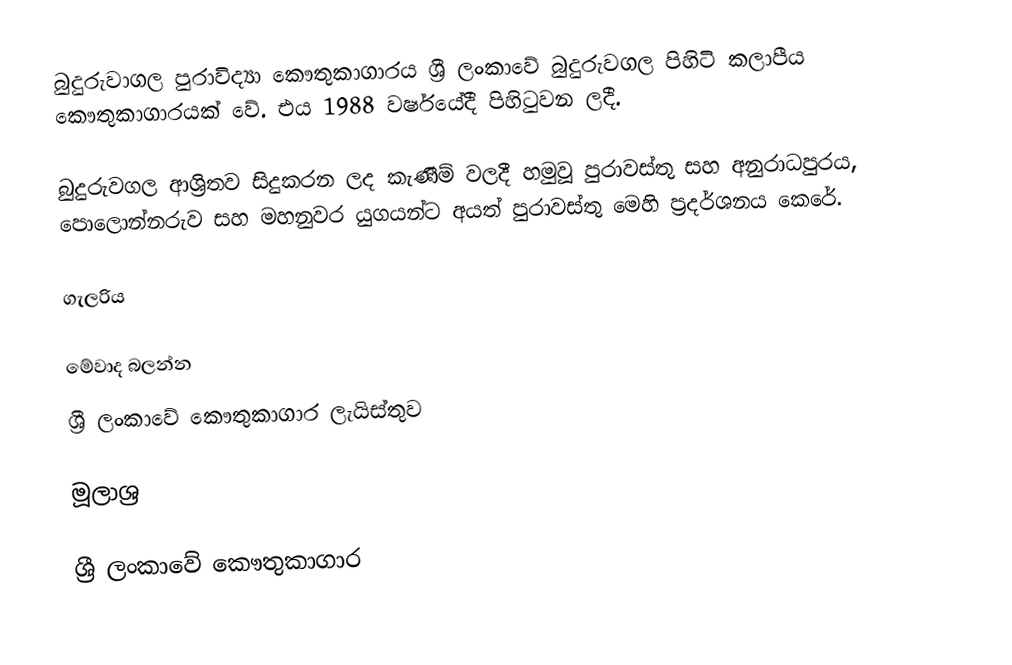
බුදුරුවාගල පුරාවිද්‍යා කෞතුකාගාරය ශ්‍රී ලංකාවේ බුදුරුවගල පිහිටි කලාපීය කෞතුකාගාරයක් වේ. එය 1988 වර්ෂයේදී පිහිටුවන ලදී.

බුදුරුවගල ආශ්‍රිතව සිදුකරන ලද කැණීම් වලදී හමුවූ පුරාවස්තු සහ අනුරාධපුරය, පොලොන්නරුව සහ මහනුවර යුගයන්ට අයත් පුරාවස්තු මෙහි ප්‍රදර්ශනය කෙරේ.

ගැලරිය

මේවාද බලන්න
ශ්‍රී ලංකාවේ කෞතුකාගාර ලැයිස්තුව

මූලාශ්‍ර

ශ්‍රී ලංකාවේ කෞතුකාගාර